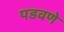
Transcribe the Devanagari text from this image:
पडवणे